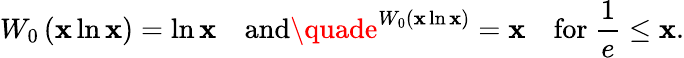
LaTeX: W_{0}\left(\mathbf{x}\ln\mathbf{x}\right)=\ln\mathbf{x}\quad{\mathrm{{and}}}\quade^{W_{0}\left(\mathbf{x}\ln\mathbf{x}\right)}=\mathbf{x}\quad{\mathrm{{for~}}}{\frac{{1}}{{e}}}\leq\mathbf{x}.